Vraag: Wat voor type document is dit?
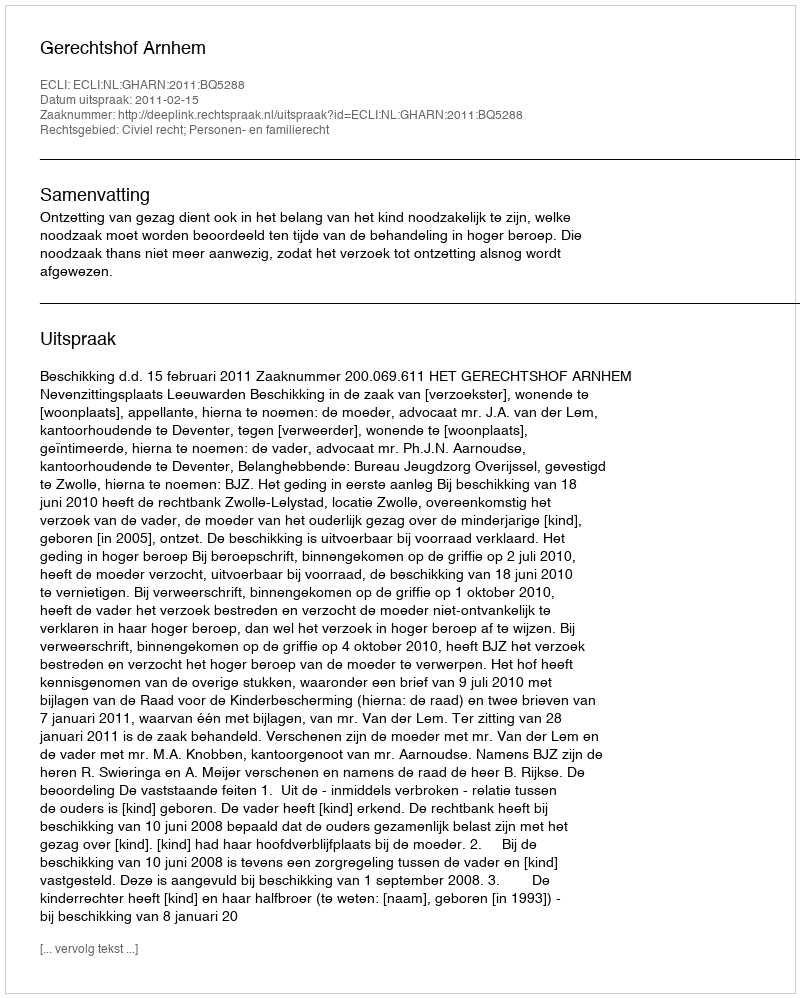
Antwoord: Uitspraak